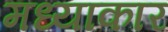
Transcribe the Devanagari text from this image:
मध्याकार